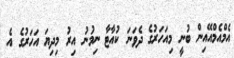
އެމްއެމްއޭއިން ބުނީ މިއަހަރުގެ ދެވަނަ ކުއާޓާ ނިމުނު އިރު މިދިޔަ އަހަރުގެ އެ